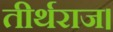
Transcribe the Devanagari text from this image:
तीर्थराज।